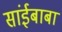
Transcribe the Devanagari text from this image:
सांईबाबा